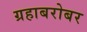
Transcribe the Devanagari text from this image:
ग्रहाबरोबर